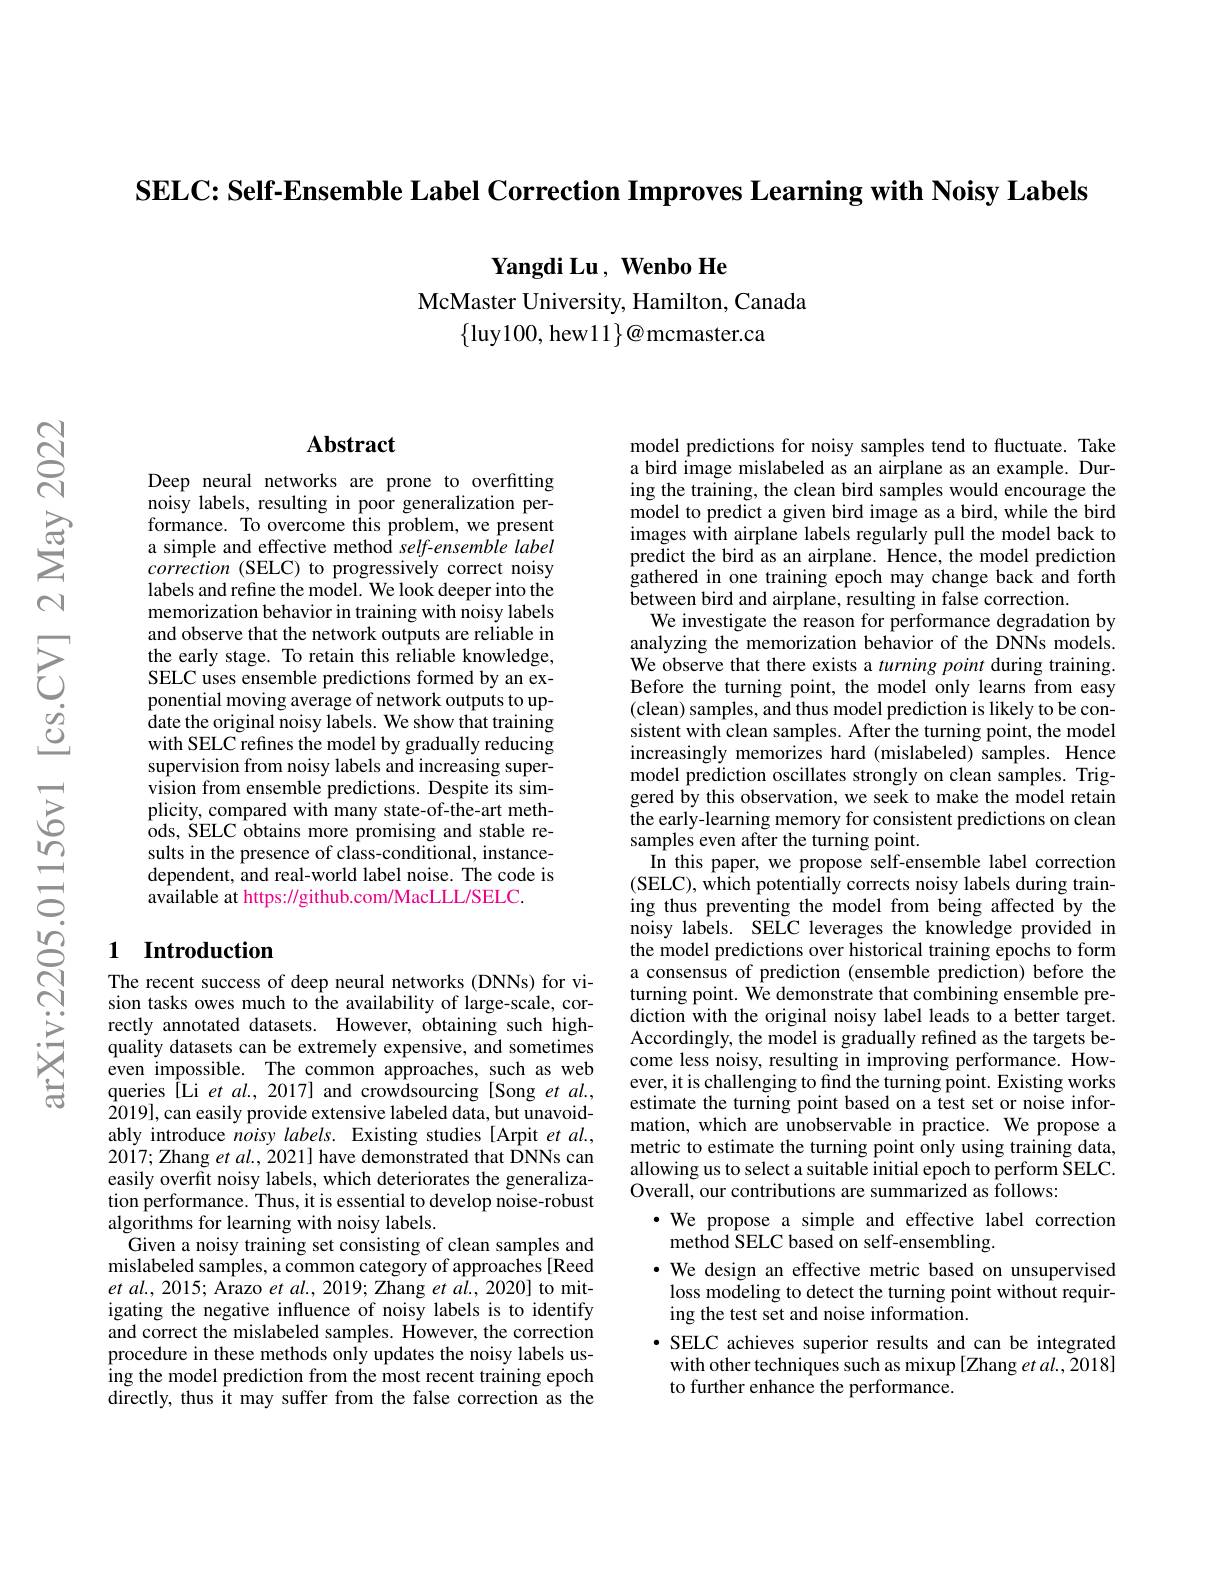
SELC: Self-Ensemble Label Correction Improves Learning with Noisy Labels

$\textbf{Yangdi Lu, Wenbo He}$

McMaster University, Hamilton, Canada
$\{$luy100, hew11$\}\textcircled{a}$mcmaster.ca

## Abstract

Deep neural networks are prone to overfitting noisy labels, resulting in poor generalization performance. To overcome this problem, we present a simple and effective method self-ensemble label correction (SELC) to progressively correct noisy labels and refine the model. We look deeper into the memorization behavior in training with noisy labels and observe that the network outputs are reliable in the early stage. To retain this reliable knowledge, SELC uses ensemble predictions formed by an exponential moving average of network outputs to up- $\hat{\text{date the original noisy labels. We show that training}}$ with SELC refines the model by gradually reducing supervision from noisy labels and increasing supervision from ensemble predictions. Despite its simplicity, compared with many state-of-the-art methods, SELC obtains more promising and stable results in the presence of class-conditional, instancedependent, and real-world label noise. The code is available at https: //github.com/MacLLL/SELC.

## 1 Introduction

The recent success of deep neural networks (DNNs) for vision tasks owes much to the availability of large-scale, correctly annotated datasets. However, obtaining such highquality datasets can be extremely expensive, and sometimes even impossible. The common approaches, such as web queries ÎLi et $al.,2017]$ and crowdsourcing [Song $etal.$, $\bar{2}019]$,can easily provide extensive labeled data, but unavoidably introduce noisy labels. Existing studies [Arpit et al., 2017; Zhang et $al.$, 2021] have demonstrated that DNNs can easily overfit noisy labels, which deteriorates the generalization performance. Thus, it is essential to develop noise-robust algorithms for learning with noisy labels
Given a noisy training set consisting of clean samples and mislabeled samples, a common category of approaches [Reed $etal.,2015;$ Arazo $etal.,2019;$ Zhang $etal.,2020]$ to mitigating the negative influence of noisy labels is to identify and correct the mislabeled samples. However, the correction procedure in these methods only updates the noisy labels using the model prediction from the most recent training epoch $\tilde{\text{directly, thus \^{i}tmay suffer from the false correction as the}}$

model predictions for noisy samples tend to fluctuate. Take a bird image mislabeled as an airplane as an example. During the training, the clean bird samples would encourage the model to predict a given bird image as a bird, while the bird images with airplane labels regularly pull the model back to predict the bird as an airplane. Hence, the model prediction gathered in one training epoch may change back and forth between bird and airplane, resulting in false correction.
We investigate the reason for performance degradation by analyzing the memorization behavior of the DNNs models. We observe that there exists a turning point during training. Before the turning point, the model only learns from easy (clean) samples, and thus model prediction is likely to be consistent with clean samples. After the turning point, the model increasingly memorizes hard (mislabeled) samples. Hence model prediction oscillates strongly on clean samples. Triggered by this observation, we seek to make the model retain the early-learning memory for consistent predictions on clean samples even after the turning point.
In this paper, we propose self-ensemble label correction (SELC), which potentially corrects noisy labels during training thus preventing the model from being affected by the noisy labels. SELC leverages the knowledge provided in the model predictions over historical training epochs to form a consensus of prediction (ensemble prediction) before the turning point. We demonstrate that combining ensemble prediction with the original noisy label leads to a better target. Accordingly, the model is gradually refined as the targets become less noisy, resulting in improving performance. However, it is challenging to find the turning point. Existing works estimate the turning point based on a test set or noise information, which are unobservable in practice. We propose a metric to estimate the turning point only using training data, allowing us to select a suitable initial epoch to perform SELC. Overall, our contributions are summarized as follows:
·We propose a simple and effective label correction
method SELC based on self-ensembling.
·We design an effective metric based on unsupervised loss modeling to detect the turning point without requiring the test set and noise information.
·SELC achieves superior results and can be integrated with other techniques such as mixup [Zhang et al., 2018] to further enhance the performance.